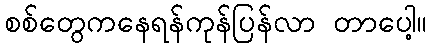
စစ်တွေကနေရန်ကုန်ပြန်လာ တာပေါ့။